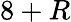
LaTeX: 8+R